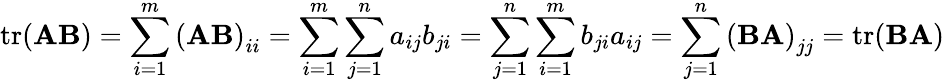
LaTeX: \operatorname{tr}(\mathbf{A}\mathbf{B})=\sum_{i=1}^{m}\left(\mathbf{A}\mathbf{B}\right)_{ii}=\sum_{i=1}^{m}\sum_{j=1}^{n}a_{ij}b_{ji}=\sum_{j=1}^{n}\sum_{i=1}^{m}b_{ji}a_{ij}=\sum_{j=1}^{n}\left(\mathbf{B}\mathbf{A}\right)_{jj}=\operatorname{tr}(\mathbf{B}\mathbf{A})